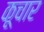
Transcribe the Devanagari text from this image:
कूचार